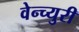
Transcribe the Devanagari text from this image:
वेन्च्युरी